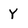
Character: Y